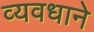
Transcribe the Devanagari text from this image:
व्यवधाने